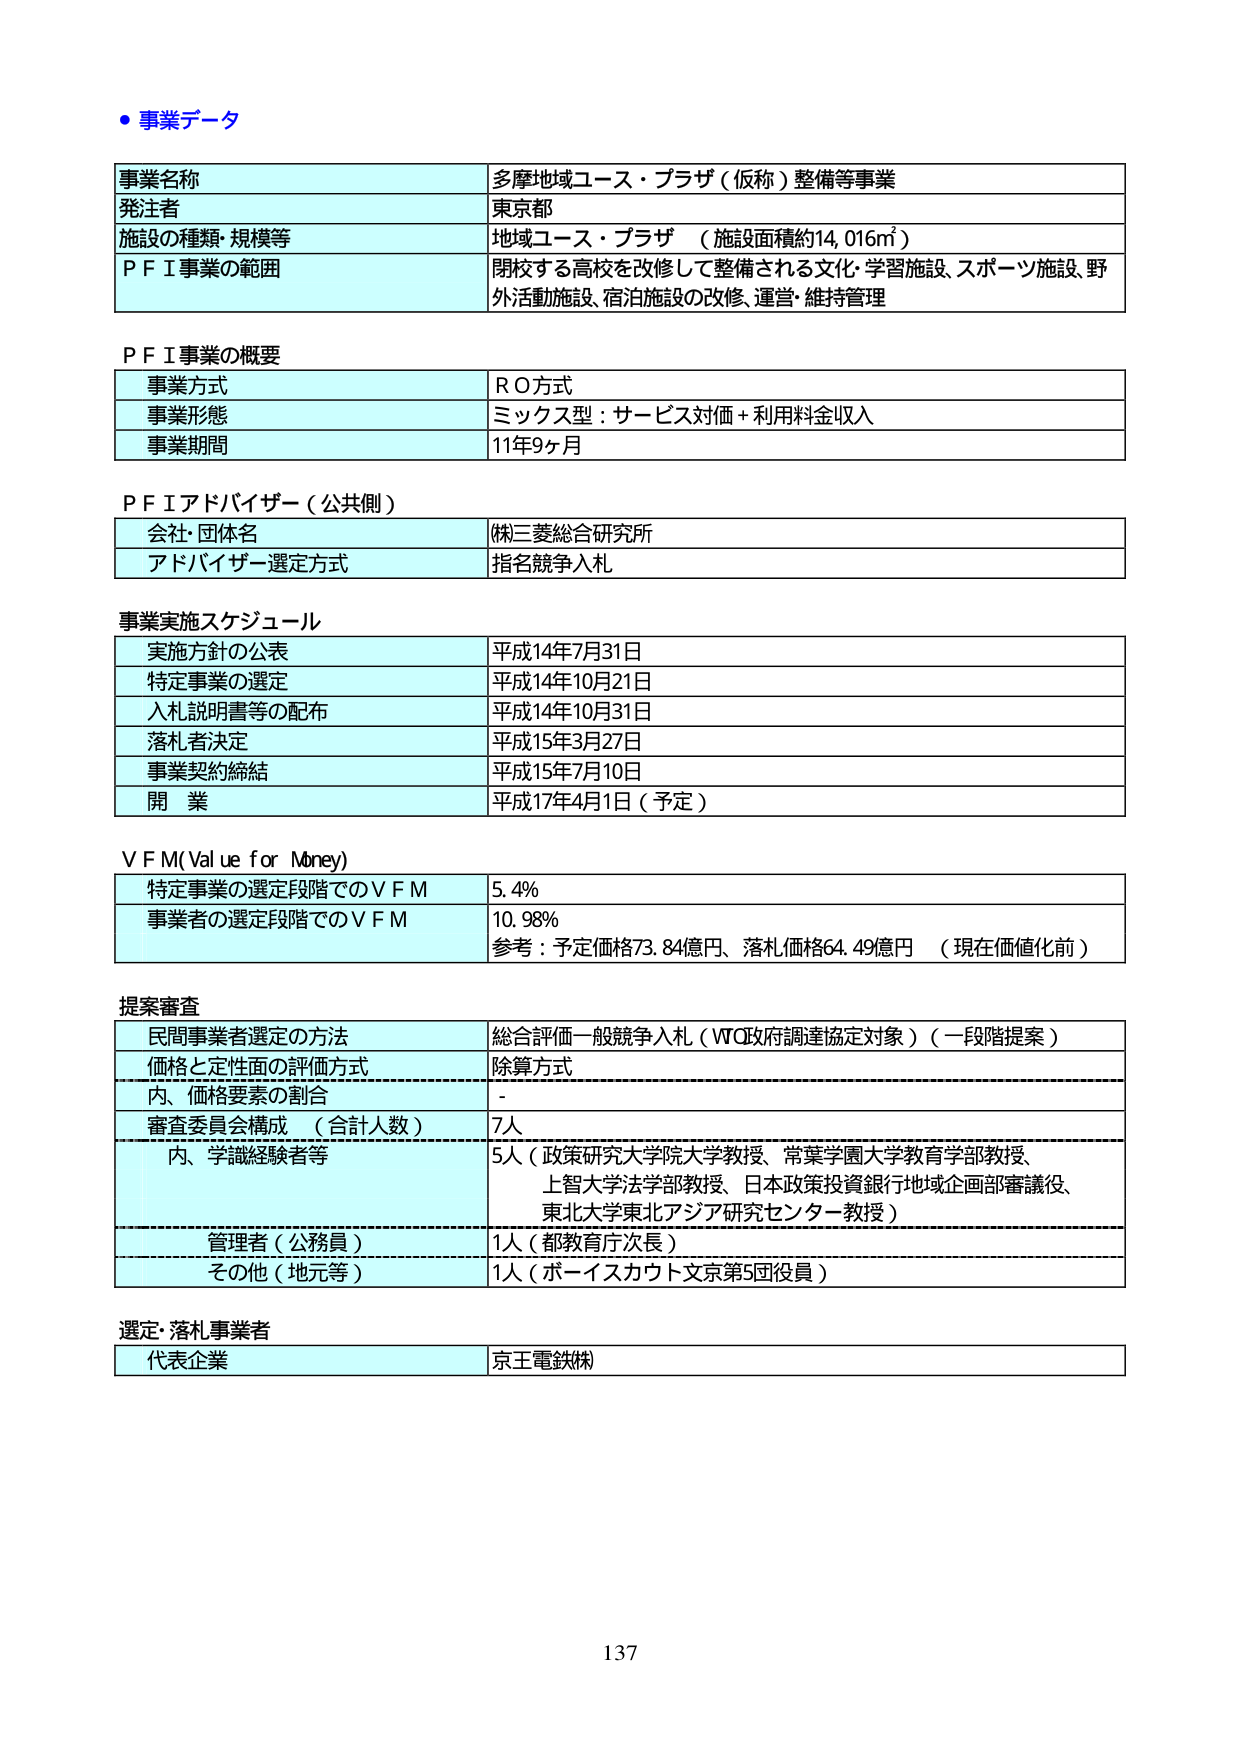
● 事業データ

事業名称　　　　　　　　　　　　　多摩地域ユース・プラザ（仮称）整備等事業
発注者　　　　　　　　　　　　　　東京都
施設の種類・規模等　　　　　　　　地域ユース・プラザ（施設面積約14,016㎡）
ＰＦＩ事業の範囲　　　　　　　　　閉校する高校を改修して整備される文化・学習施設、スポーツ施設、野外活動施設、宿泊施設の改修、運営・維持管理

ＰＦＩ事業の概要
事業方式　　　　　　　　　　　　　ＲＯ方式
事業形態　　　　　　　　　　　　　ミックス型：サービス対価＋利用料金収入
事業期間　　　　　　　　　　　　　11年9ヶ月

ＰＦＩアドバイザー（公共側）
会社・団体名　　　　　　　　　　　(株)三菱総合研究所
アドバイザー選定方式　　　　　　　指名競争入札

事業実施スケジュール
実施方針の公表　　　　　　　　　　平成14年7月31日
特定事業の選定　　　　　　　　　　平成14年10月21日
入札説明書等の配布　　　　　　　　平成14年10月31日
落札者決定　　　　　　　　　　　　平成15年3月27日
事業契約締結　　　　　　　　　　　平成15年7月10日
開業　　　　　　　　　　　　　　　平成17年4月1日（予定）

ＶＦＭ（Value for Money）
特定事業の選定段階でのＶＦＭ　　　5.4%
事業者の選定段階でのＶＦＭ　　　　10.98%
参考：予定価格73.84億円、落札価格64.49億円（現在価値化前）

提案審査
民間事業者選定の方法　　　　　　　総合評価一般競争入札（WTO政府調達協定対象）（一段階提案）
価格と定性面の評価方式　　　　　　除算方式
内、価格要素の割合　　　　　　　　-
審査委員会構成（合計人数）　　　　7人
内、学識経験者等　　　　　　　　　5人（政策研究大学院大学教授、常葉学園大学教育学部教授、上智大学法学部教授、日本政策投資銀行地域企画部審議役、東北大学東北アジア研究センター教授）
管理者（公務員）　　　　　　　　　1人（都教育庁次長）
その他（地元等）　　　　　　　　　1人（ボーイスカウト文京第5団役員）

選定・落札事業者
代表企業　　　　　　　　　　　　　京王電鉄(株)

137